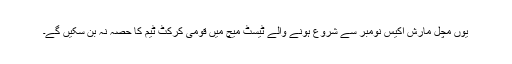
یوں مچل مارش اکیس نومبر سے شروع ہونے والے ٹیسٹ میچ میں قومی کرکٹ ٹیم کا حصہ نہ بن سکیں گے۔